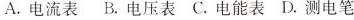
A.电流表 B.电压表 C.电能表 D.测电笔